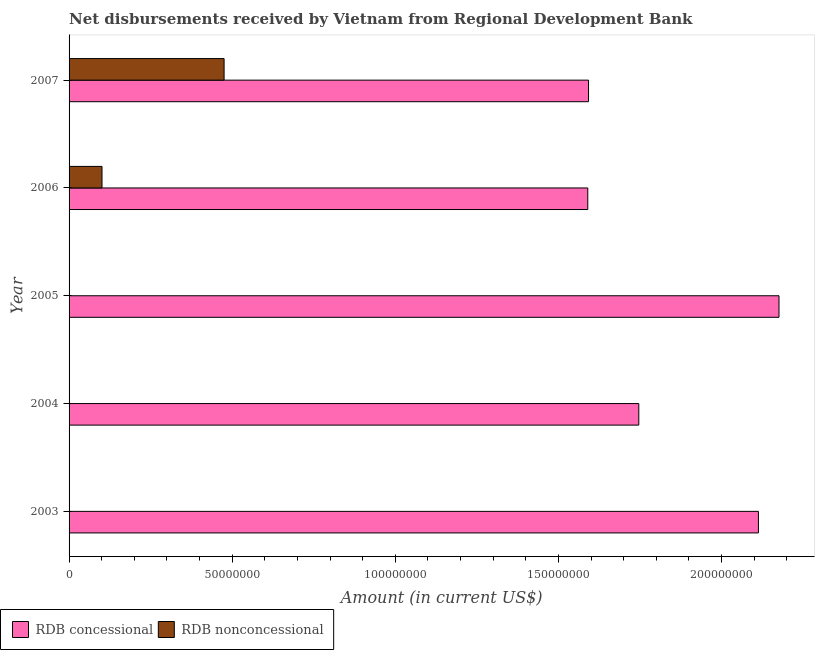
| Year | RDB concessional | RDB nonconcessional |
 | --- | --- | --- |
 | 2003 | 2.11e+08 | -1.84e+06 |
 | 2004 | 1.75e+08 | -2.03e+06 |
 | 2005 | 2.18e+08 | -2.24e+06 |
 | 2006 | 1.59e+08 | 1.01e+07 |
 | 2007 | 1.59e+08 | 4.75e+07 |